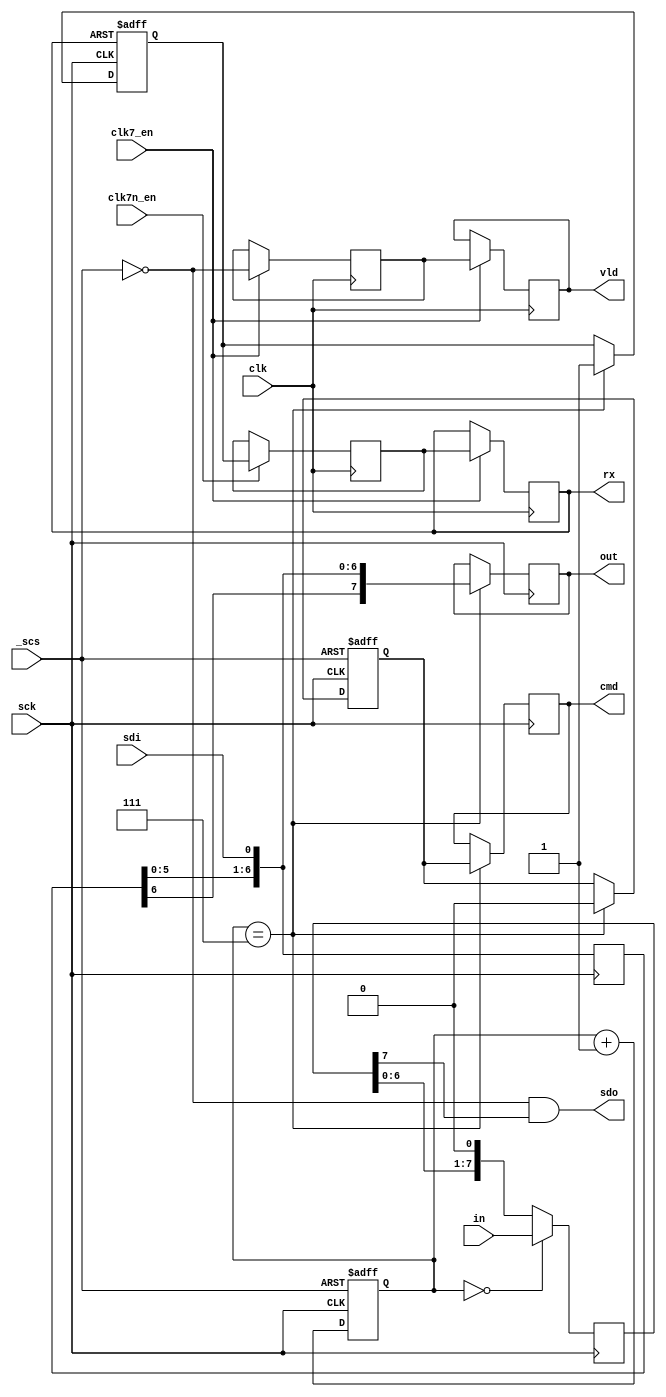
//SPI interface module (8 bits)
//this is a slave module, clock is controlled by host
//clock is high when bus is idle
//ingoing data is sampled at the positive clock edge
//outgoing data is shifted/changed at the negative clock edge
//msb is sent first
//         ____   _   _   _   _
//sck   ->    |_| |_| |_| |_|
//data   ->     777 666 555 444
//sample ->      ^   ^   ^   ^
//strobe is asserted at the end of every byte and signals that new data must
//be registered at the out output. At the same time, new data is read from the in input.
//The data at input in is also sent as the first byte after _scs is asserted (without strobe!). 


module userio_osd_spi
(
	input 	clk,		    //pixel clock
  input clk7_en,
  input clk7n_en,
	input	_scs,			//SPI chip select
	input	sdi,		  	//SPI data in
	output	sdo,	 		//SPI data out
	input	sck,	  		//SPI clock
	input	[7:0] in,		//parallel input data
	output reg	[7:0] out,		//parallel output data
	output	reg rx,		//byte received
	output	reg cmd,		//first byte received
  output  vld     // valid
);


//locals
reg [2:0] bit_cnt;		//bit counter
reg [7:0] sdi_reg;		//input shift register	(rising edge of SPI clock)
reg [7:0] sdo_reg;		//output shift register	 (falling edge of SPI clock)

reg new_byte;			//new byte (8 bits) received
reg rx_sync;			//synchronization to clk (first stage)
reg first_byte;		//first byte is going to be received

// spi valid synchronizers
reg spi_valid=0, spi_valid_sync=0;
always @ (posedge clk) begin
  if (clk7_en) begin
    {spi_valid, spi_valid_sync} <= #1 {spi_valid_sync, ~_scs};
  end
end

assign vld = spi_valid;

//------ input shift register ------//
always @(posedge sck)
		sdi_reg <= #1 {sdi_reg[6:0],sdi};

always @(posedge sck)
    if (bit_cnt==7)
      out <= #1 {sdi_reg[6:0],sdi};

//------ receive bit counter ------//
always @(posedge sck or posedge _scs)
	if (_scs)
		bit_cnt <= #1 0;					//always clear bit counter when CS is not active
	else
		bit_cnt <= #1 bit_cnt + 3'd1;		//increment bit counter when new bit has been received

//----- rx signal ------//
//this signal goes high for one clk clock period just after new byte has been received
//it's synchronous with clk, output data shouldn't change when rx is active
always @(posedge sck or posedge rx)
	if (rx)
		new_byte <= #1 0;		//cleared asynchronously when rx is high (rx is synchronous with clk)
	else if (bit_cnt == 3'd7)
		new_byte <= #1 1;		//set when last bit of a new byte has been just received

always @(posedge clk)
  if (clk7n_en) begin
	  rx_sync <= #1 new_byte;	//double synchronization to avoid metastability
  end

always @(posedge clk)
  if (clk7_en) begin
  	rx <= #1 rx_sync;			//synchronous with clk
  end

//------ cmd signal generation ------//
//this signal becomes active after reception of first byte
//when any other byte is received it's deactivated indicating data bytes
always @(posedge sck or posedge _scs)
	if (_scs)
		first_byte <= #1 1'b1;		//set when CS is not active
	else if (bit_cnt == 3'd7)
		first_byte <= #1 1'b0;		//cleared after reception of first byte

always @(posedge sck)
	if (bit_cnt == 3'd7)
		cmd <= #1 first_byte;		//active only when first byte received
	
//------ serial data output register ------//
always @(negedge sck)	//output change on falling SPI clock
	if (bit_cnt == 3'd0)
		sdo_reg <= #1 in;
	else
		sdo_reg <= #1 {sdo_reg[6:0],1'b0};

//------ SPI output signal ------//
assign sdo = ~_scs & sdo_reg[7];	//force zero if SPI not selected


endmodule